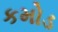
કમોડ